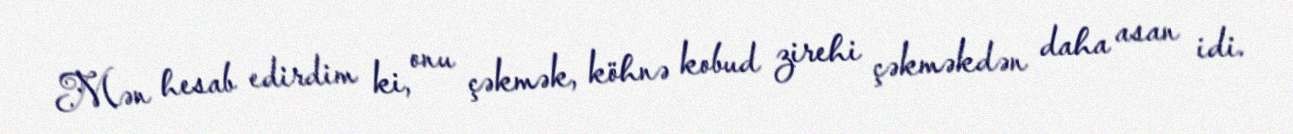
Mən hesab edirdim ki, onu çəkmək, köhnə kobud zirehi çəkməkdən daha asan idi.